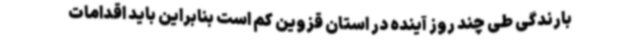
بارندگی طی چند روز آینده در استان قزوین کم است بنابراین باید اقدامات